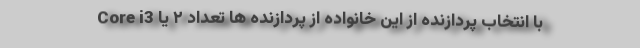
Core i3 با انتخاب پردازنده از این خانواده از پردازنده ها تعداد ۲ یا